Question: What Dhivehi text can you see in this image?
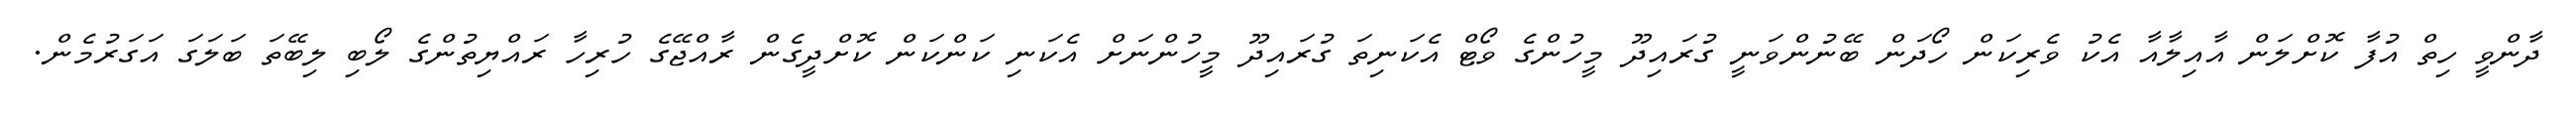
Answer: ދާންވީ ހިތް އުފާ ކޮށްލަން އާއިލާއާ އެކު ވެރިކަން ހޯދަން ބޭނުންވަނީ ގުރައިދޫ މީހުންގެ ވޯޓް އެކަނިތަ ގުރައިދޫ މީހުންނަށް އެކަނި ކަންކަން ކޮށްދީގެން ރާއްޖޭގެ ހުރިހާ ރައްޔިތުންގެ ލޯބި ލިބޭތަ ބަލަގަ އަގަރުމެން.